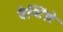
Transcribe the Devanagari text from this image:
बैप्टिस्टे